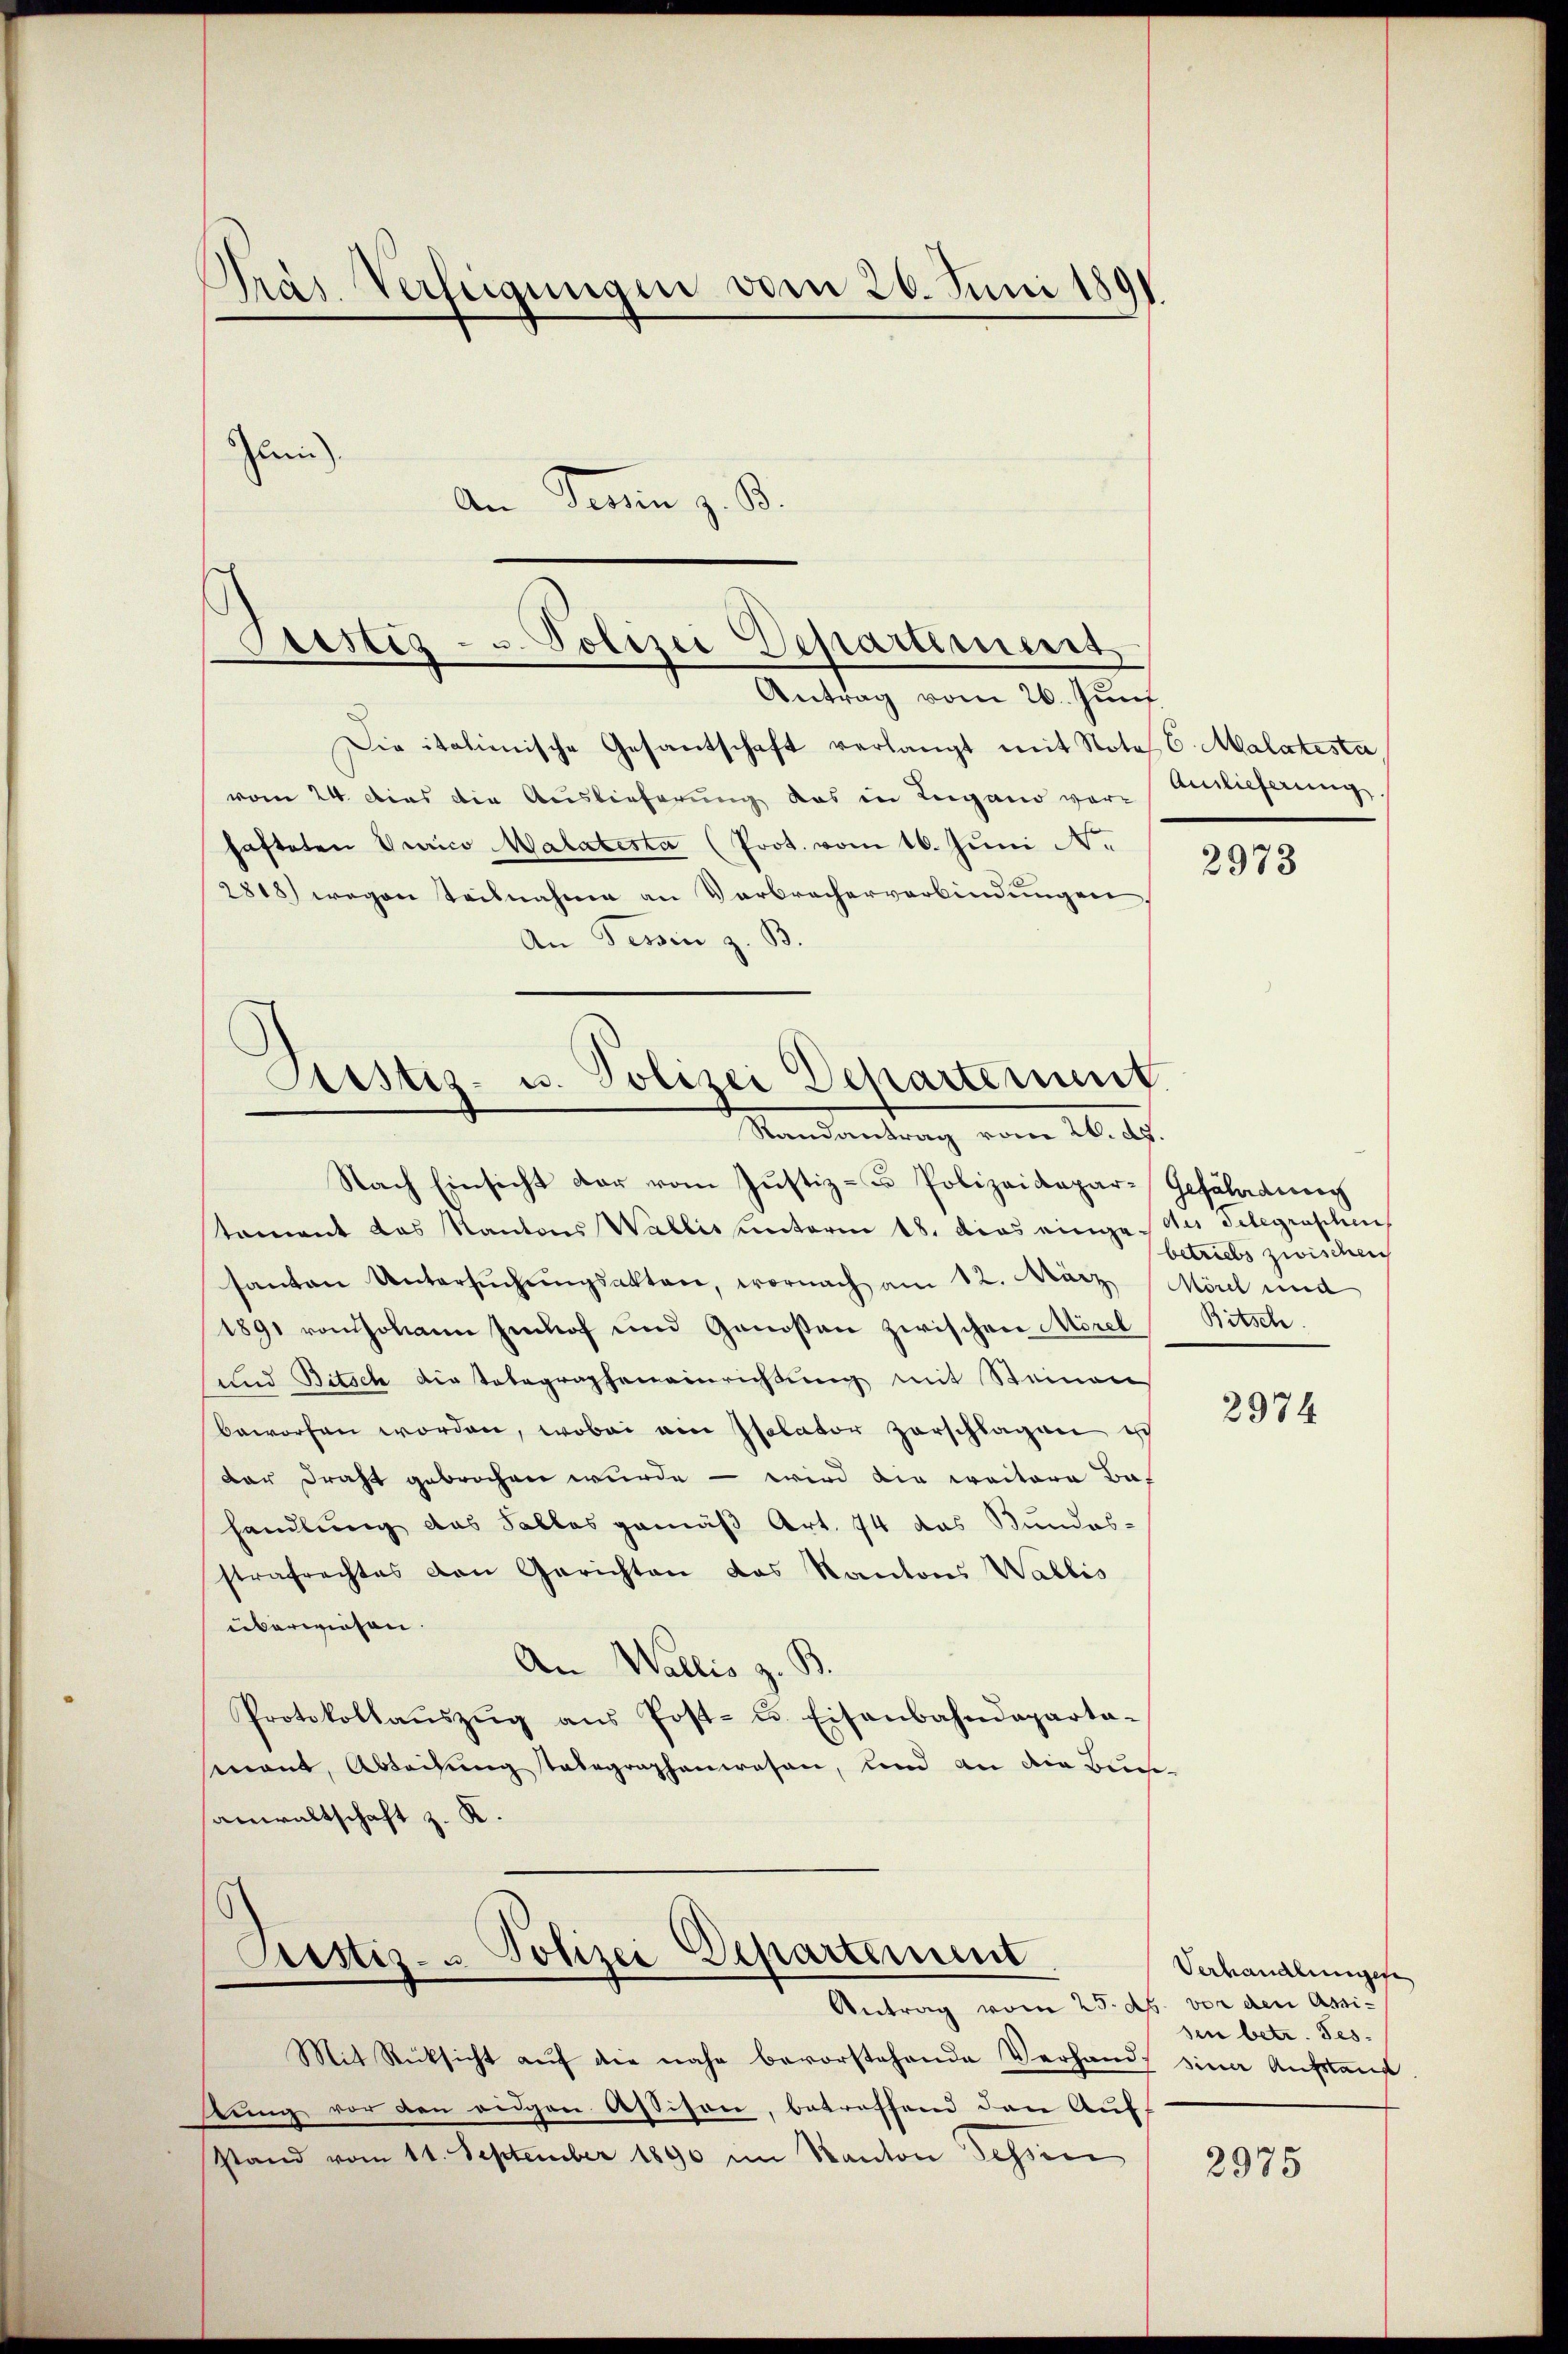
Präs. Verfügungen vom 26. Juni 1891
Jen).
An Ferien z. B.

Die italienische Gesantschaft verlangt mit Notes C. Malatesta
vom 24. Dies die Auslieferung das in Lugand vor Auslieferung.
hafteten Curico Malatesta (Prot. vom 16. Juni N.
2818) wegen Teilnahme an Verbracherverbindungen,
An Tessin z. B.

Aristig - u. Polizei Departiment.
Antrag vom 26. Juni

Cristiz- u. Polizei Departement
Randantrag vom 26. d.

Nach Einsicht der vom Justiz- u Polizeidepar-Gefährdung
tament das Kantons Wallis unterm 18. dies einge de delegraphen
santen Untersŭchŭngsakten, wornach am 12. März (Mörl und
1891 von Johann Jenhof und Genossen zwischen Morel
sund Bitsch die Totagrapheneinrichtung mit Steinen
beworfen worden, wobei ain Isolator zerschlagen ich
dar Draht gebrochen wurde – wird die Coctora Baf
handlung das Falles gemäß Art. 74 das Bundes-
strafrechtes den Gerichten das Kantons Wallis
überwiesen.
An Wallis z. B
Protokollaŭszŭg ans Post- u. Eisenbahndeparta-
mant Ableihung stabegraphenwesen, und an die Bucheanwaltschaft z. K.

s
Prustiz- u Polizei Departement
Antrag vom 25. d. vor den Assi¬

Mit Rücksicht auf die nahe bevorstehende Verhand, sine Aufstauf
tung vor den eidgen Assison, betreffend den Aufstand vom 11. September 1890 im Kanton Sessen

2978

betriebs zwischen
Bitsch

2974

Verhandlungen
sen betr. Tes-

2975